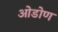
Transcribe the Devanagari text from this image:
ओडोण